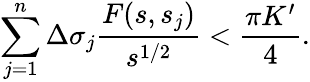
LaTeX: \sum_{j=1}^{n}\Delta\sigma_{j}\frac{F(s,s_{j})}{s^{1/2}}<\frac{\pi K^{\prime}}{4}.